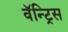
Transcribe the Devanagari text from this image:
वॅन्ट्रिस